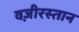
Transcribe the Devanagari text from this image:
वज़ीरस्तान